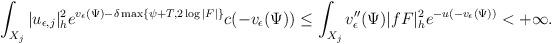
LaTeX: \begin{align*}\int_{X_j}|u_{\epsilon,j}|^2_{h}e^{v_\epsilon(\Psi)-\delta \max\{\psi+T,2\log|F|\}}c(-v_\epsilon(\Psi))\le\int_{X_j}v''_{\epsilon}(\Psi)|fF|^2_h e^{-u(-v_{\epsilon}(\Psi))}<+\infty.\end{align*}